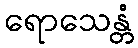
ရောသေန္တံ